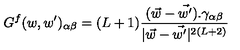
G ^ { f } ( w , w ^ { \prime } ) _ { \alpha \beta } = ( L + 1 ) \frac { { ( \vec { w } - \vec { w ^ { \prime } } ) } . \gamma _ { \alpha \beta } } { | \vec { w } - \vec { w ^ { \prime } } | ^ { 2 ( L + 2 ) } }